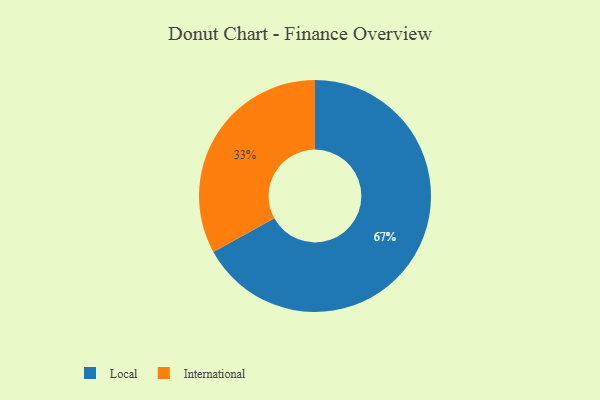
{"axis": {"x": "Category", "y": "Percentage"}, "legend": ["International", "Local"], "data": [{"x": "International", "y": 33, "type": "International"}, {"x": "Local", "y": 67, "type": "Local"}]}